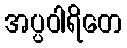
အပ္ပဝါရိတေ